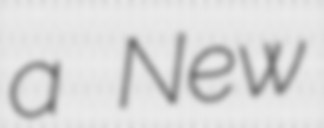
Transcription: a New